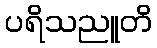
ပရိသညူတိ